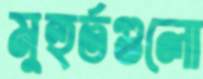
মুহুর্তগুলো